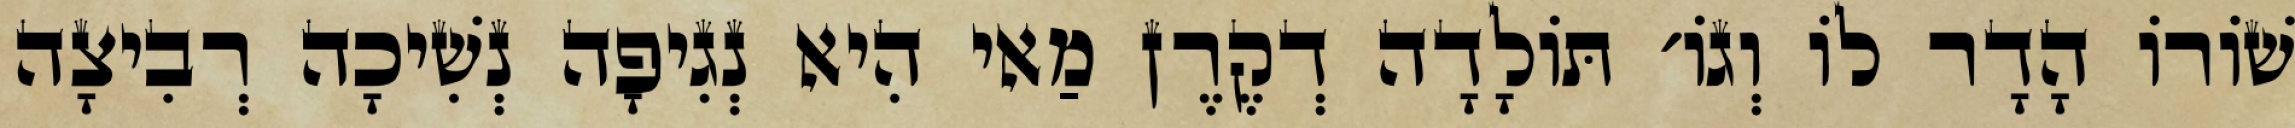
שׁוֹרוֹ הָדָר לוֹ וְגוֹ׳ תּוֹלָדָה דְקֶרֶן מַאי הִיא נְגִיפָה נְשִׁיכָה רְבִיצָה